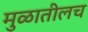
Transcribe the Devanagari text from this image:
मुळातीलच